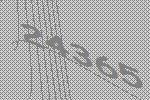
24365